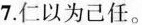
7.仁以为己任。